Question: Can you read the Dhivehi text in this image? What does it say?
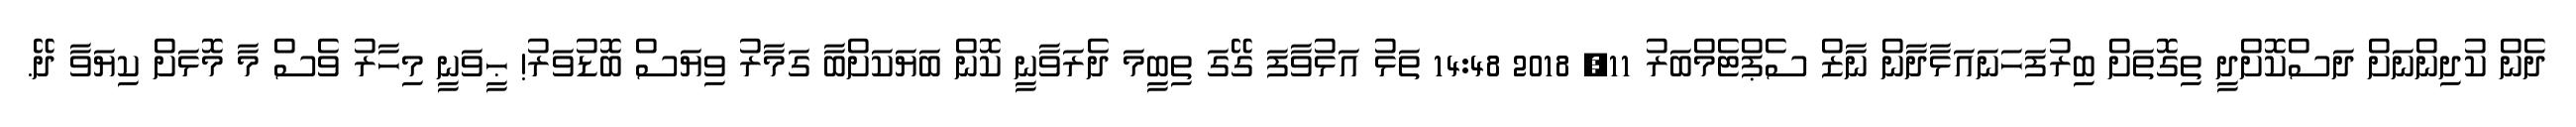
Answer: ދެން ކުދިންނަށް ދަސްކޮށްދީ ތިގޮތަށް ބިރުފަހަނައަޅާދާން ނާޒް ސެޕްޓެމްބަރު 11, 2018 14:48 ތަޅު އަޅުވާފަ ގޭގަ ތިބީމަ ދެރަވާނީ ކޮން ބަޔަކަށްބާ ގަމާރު ވިޔަސް ބޮޑުވަރު! ޙީވަނީ މިހާރު ވެސް މާ މޮޅަށް ކިޔަވާ ދޭ.